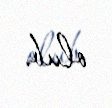
olub.